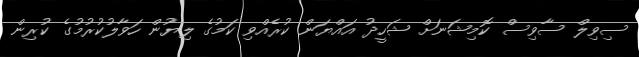
ސިވިލް ސާވިސް ކޮމިޝަނަށް ޝަހީދު އައްޔަން ކުރެއްވި ކަމުގެ ލިޔުން ހަވާލުކުރުމުގެ ކުރިން